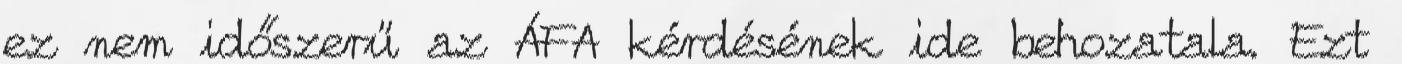
ez nem időszerű az ÁFA kérdésének ide behozatala. Ezt